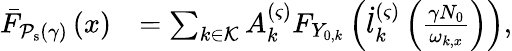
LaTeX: \begin{array}{rl}{\bar{F}_{\mathcal{P}_{\mathrm{s}}\left(\gamma\right)}\left(x\right)}&{=\sum_{k\in\mathcal{K}}{A_{k}^{\left(\varsigma\right)}F_{Y_{0,k}}\left(\dot{l}_{k}^{\left(\varsigma\right)}\left(\frac{\gamma N_{0}}{\omega_{k,x}}\right)\right)},}\end{array}